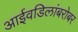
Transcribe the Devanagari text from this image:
आईवडिलांबरोबर